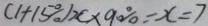
( 1 + 1 5 \% ) x \times 9 0 \% = x = 7